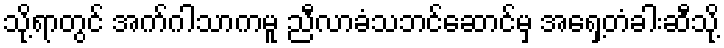
သို့ရာတွင် အက်ဂါသာကမူ ညီလာခံသဘင်ဆောင်မှ အရှေ့တံခါးဆီသို့